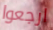
ارجعوا